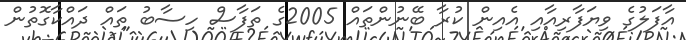
އާފަލުގެ ވިޔަފާރިއާއި އެއިން ކުރާ ބޭނުންތައް 2005ގެ ތަފާސް ހިސާބު ތައް ދައްކާގޮތުން